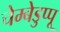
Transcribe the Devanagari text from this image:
चेम्बेडुप्पू